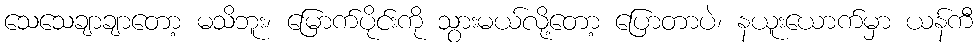
သေသေချာချာတော့ မသိဘူး၊ မြောက်ပိုင်းကို သွားမယ်လို့တော့ ပြောတာပဲ၊ နယူးယောက်မှာ ယန်ကီ